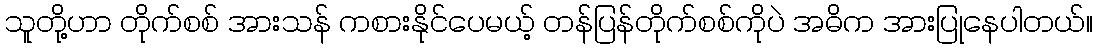
သူတို့ဟာ တိုက်စစ် အားသန် ကစားနိုင်ပေမယ့် တန်ပြန်တိုက်စစ်ကိုပဲ အဓိက အားပြုနေပါတယ်။